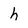
Character: h